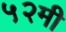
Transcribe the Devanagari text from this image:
५२मी